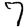
Digit: 7